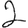
Digit: 2